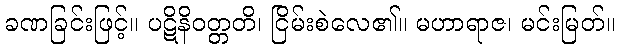
ခဏခြင်းဖြင့်။ ပဋိနိဝတ္တတိ၊ ငြိမ်းစဲလေ၏။ မဟာရာဇ၊ မင်းမြတ်။